Civil Veterinary Department Bihar & Orissa reports 1929-36 - 1929-1936
Year: 1929
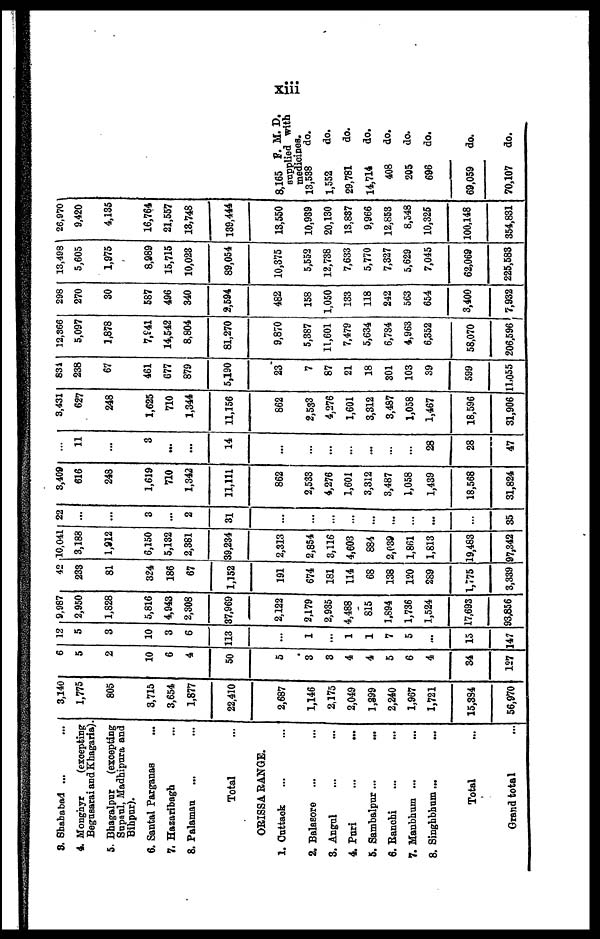
xiii
S. Shababad ... ...
4. Monghyr
(excepting
Begusarai and Khagaria)
5. Bhagalpur
(excepting
Supaul, Madhipura and
Bihpur).
6. Santal Parganas ...
7. Hazaribagh ...
8. Palamau ... ...
Total ...
ORISSA RANGE.
1. Cuttack ... ...
2. Balasore ... ...
3. Angul ... ...
4. Puri
...
...
5. Sambalpur ...
...
6. Ranchi ... ...
7. Manbhum ... ...
8. Singhbhum ... ...
Total ...
Grand total ...
3,140
1,775
805
3,715
3,654
1,877
22,410
2,687
1,146
2,175
2,049
1,399
2,240
1,967
1,721
15,384
56,970
6
5
2
10
6
4
50
5
3
3
4
4
5
6
4
34
127
12
5
3
10
3
6
113
...
1
...
1
1
7
5
...
15
147
9,987
2,950
1,828
5,816
4,943
2,308
37,969
2,122
2,179
2,935
4,488
815
1,894
1,736
1,524
17,693
93,856
42
233
81
324
186
67
1,152
191
674
181
114
68
138
120
289
1,775
3,339
10,041
3,188
1,912
6,150
5,132
2,381
39,234
2,313
2,854
3,116
4,603
884
2,039
1,861
1,813
19,483
97,342
22
...
...
3
...
2
31
...
...
...
...
...
...
...
...
...
35
3,409
616
248
1,619
710
1,342
11,111
862
2,533
4,276
1,601
3,312
3,487
1,058
1,439
18,568
31,824
...
11
...
3
...
...
14
...
...
...
...
...
...
...
28
28
47
3,431
627
248
1,625
710
1,344
11,156
862
2,533
4,276
1,601
3,312
3,487
1,058
1,467
18,596
31,906
831
238
67
461
677
879
5,190
23
7
87
21
18
301
103
39
599
11,055
12,366
5,097
1,878
7,941
14,542
8,804
81,270
9,870
5,387
11,601
7,479
5,634
6,784
4,963
6,352
58,070
206,596
298
270
30
587
496
340
2,594
482
158
1,050
133
118
242
563
654
3,400
7,932
13,498
5,605
1,975
8,989
15,715
10,023
89,054
10,375
5,552
12,738
7,633
5,770
7,327
5,629
7,045
62,069
225,583
26,970
9,420
4,135
16,764
21,557
13,748
139,444
13,550
10,939
20,130
13,837
9,966
12,853
8,548
10,325
100,148
354,831
8,165
supplied
medicines.
13,538
1,552
29,781
14,714
408
205
696
69,059
70,107
F. M. D.
with
do.
do.
do.
do.
do.
do.
do.
do.
do.